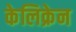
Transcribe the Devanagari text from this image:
केलिक्रेन